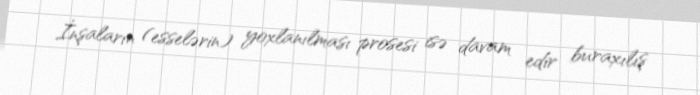
İnşaların (esselərin) yoxlanılması prosesi isə davam edir buraxılış